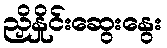
ညှိနှိုင်းဆွေးနွေး